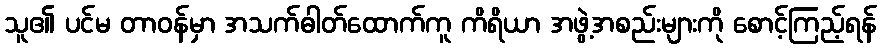
သူ၏ ပင်မ တာဝန်မှာ အသက်ဓါတ်ထောက်ကူ ကိရိယာ အဖွဲ့အစည်းများကို စောင့်ကြည့်ရန်